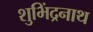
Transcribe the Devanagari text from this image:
शुभिंद्रनाथ